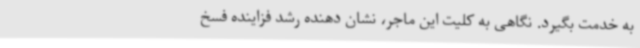
به خدمت بگیرد. نگاهی به کلیت این ماجر، نشان دهنده رشد فزاینده فسخ